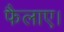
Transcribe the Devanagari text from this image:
फैलाए।